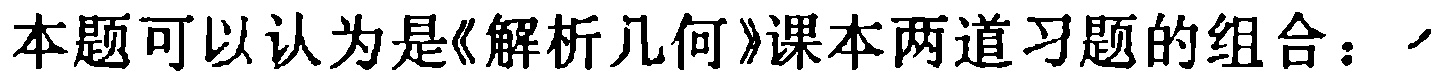
本题可以认为是《解析几何》课本两道习题的组合：